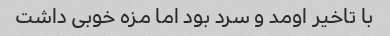
با تاخیر اومد و سرد بود اما مزه خوبی داشت